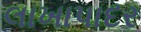
લાખાપાદર